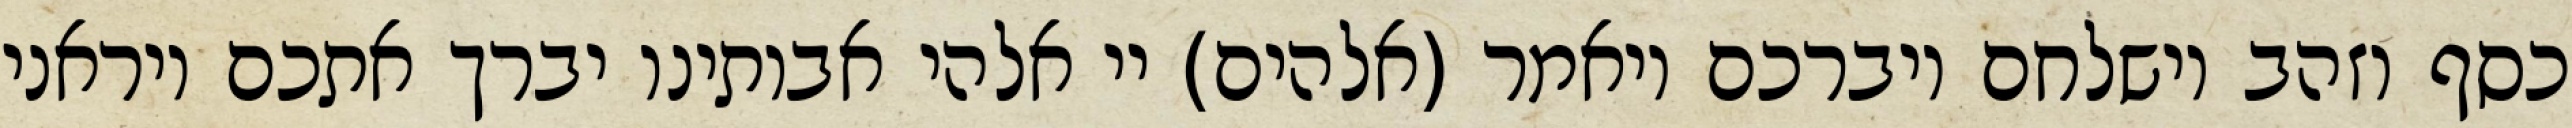
כסף וזהב וישלחם ויברכם ויאמר (אלהים) יי אלהי אבותינו יברך אתכם ויראני